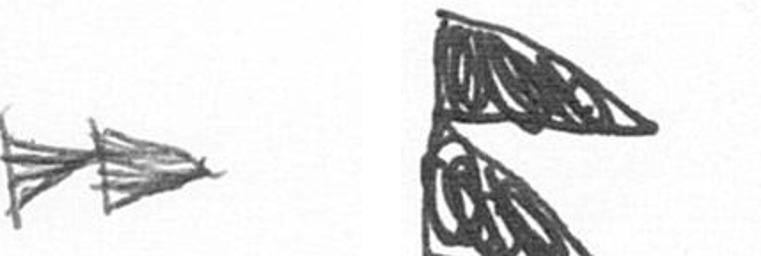
A P